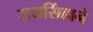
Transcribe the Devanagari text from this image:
जयसिंहाने